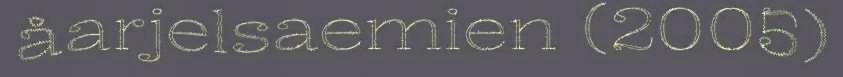
åarjelsaemien (2005)